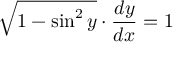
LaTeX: { \sqrt { 1 - \sin ^ { 2 } y } } \cdot { \frac { d y } { d x } } = 1